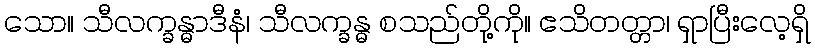
သော။ သီလက္ခန္ဓာဒီနံ၊ သီလက္ခန္ဓ စသည်တို့ကို။ ဧသိတတ္တာ၊ ရှာပြီးလေ့ရှိ